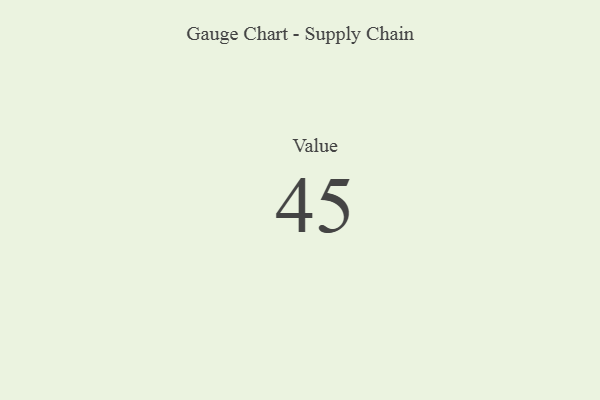
{"axis": {"x": "Metric", "y": "Value"}, "legend": [""], "data": [{"x": "Value", "y": 45, "type": ""}]}